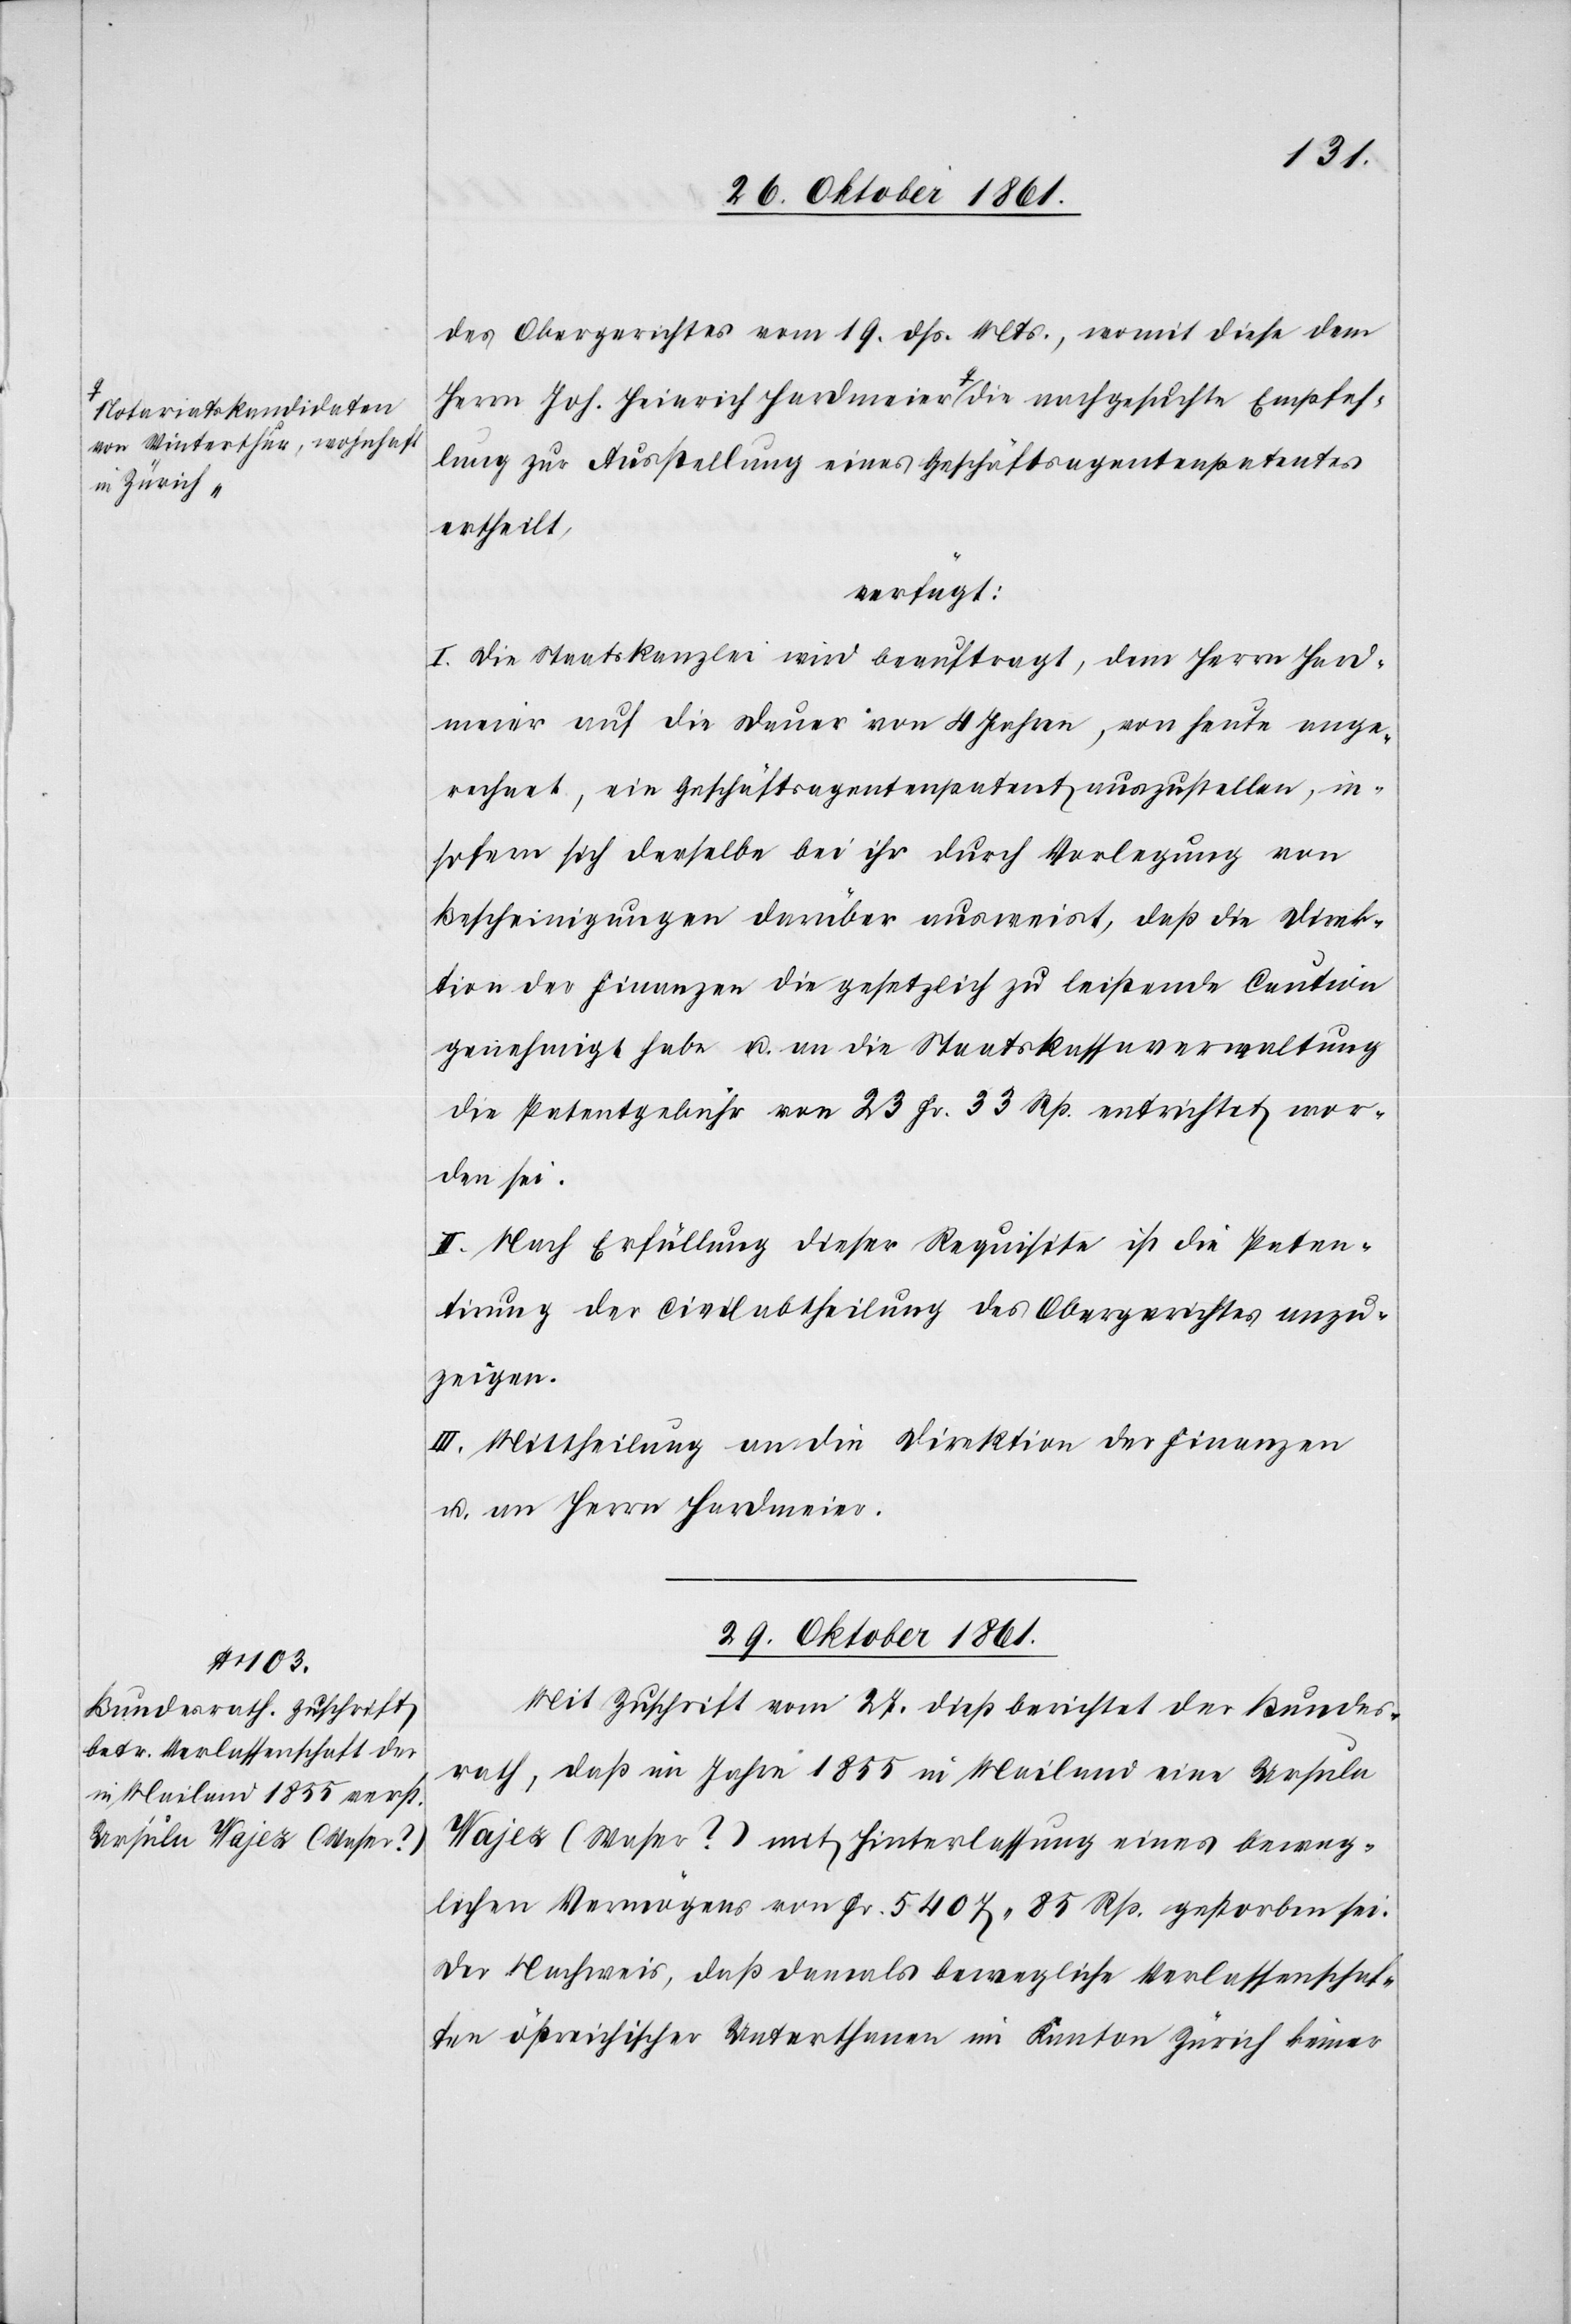
Winterthur, wohnhaft
in Zürich-a

Empfeh¬
des Obergerichtes vom 19 dß. Mts., womit diese dem
Herrn Joh. Heinrich Hardmeier a-Notariatskandidaten von
lung zur Ausstellung eines Geschäftsagentenpatentes
ertheilt,
verfügt:
I. Die Staatskanzlei wird beauftragt, dem Herrn Hard¬
meier auf die Dauer von 4 Jahren, von heute ange¬
rechnet, ein Geschäftsagentenpatent auszustellen, in¬
sofern sich derselbe bei ihr durch Vorlegung von
Bescheinigungen darüber ausweist, daß die Direk¬
tion der Finanzen die gesetzlich zu leistende Caution
genehmigt habe u. an die Staatskassaverwaltung
die Patentgebühr von 23 Fr. 33 Rp. entrichtet wor¬
den sei.
II. Nach Erfüllung dieser Requisite ist die Paten¬
tirung der Civilabtheilung des Obergerichtes anzu¬
zeigen.
III. Mittheilung an die Direktion der Finanzen
u. an Herrn Hardmeier.
29 Oktober 1861.
Mit Zuschrift vom 27 dieß berichtet der Bundes¬
rath, daß im Jahre 1855 in Mailand eine Ursula
Wajez (Waser?) mit Hinterlassenschaft eines beweg¬
lichen Vermögens von Fr. 5407. 85 Rp. gestorben sei.
Der Nachweis, daß damals bewegliche Verlassenschaf¬
ten östreichischer Unterthanen im Kanton Zürich keiner